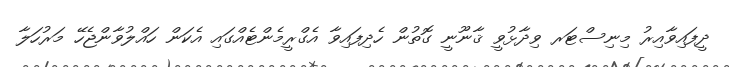
ދީފައިވާއިރު މިނިސްޓަރ ވިދާޅުވީ ޤާނޫނީ ގޮތުން ހެދިފައިވާ އެގްރީމެންޓެއްގައި އެކަން ހައްލުވާންޖެހޭ މަރުހަލާ